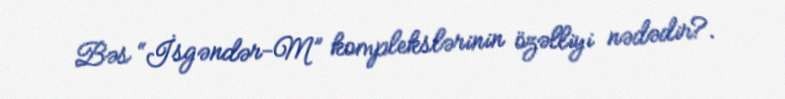
Bəs “İsgəndər-M” komplekslərinin özəlliyi nədədir?.